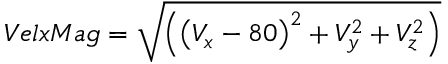
V e l x M a g = \sqrt { \left( \left( V _ { x } - 8 0 \right) ^ { 2 } + V _ { y } ^ { 2 } + V _ { z } ^ { 2 } \right) }